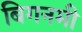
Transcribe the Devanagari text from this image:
बिगनमी